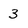
Character: 3